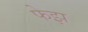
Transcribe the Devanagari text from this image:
फेझ